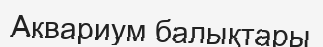
Аквариум балықтары